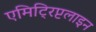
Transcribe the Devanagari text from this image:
एमिट्रिप्टलाइन